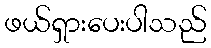
ဖယ်ရှားပေးပါသည်